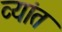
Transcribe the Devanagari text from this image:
व्यांत